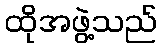
ထိုအဖွဲ့သည်